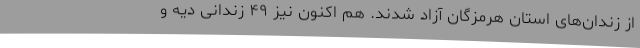
از زندان‌های استان هرمزگان آزاد شدند. هم اکنون نیز ۴۹ زندانی دیه و